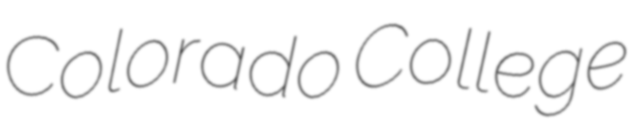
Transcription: Colorado College